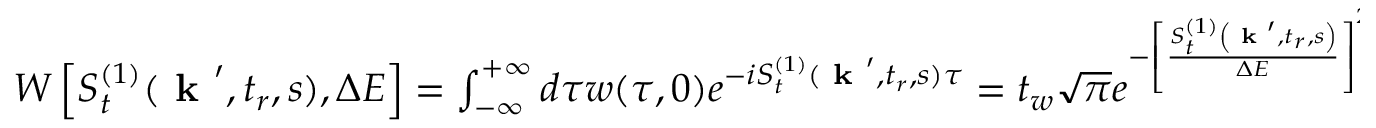
\begin{array} { r } { W \left[ S _ { t } ^ { ( 1 ) } ( \textbf { k } ^ { \prime } , t _ { r } , s ) , \Delta E \right] = \int _ { - \infty } ^ { + \infty } d \tau w ( \tau , 0 ) e ^ { - i S _ { t } ^ { ( 1 ) } ( \textbf { k } ^ { \prime } , t _ { r } , s ) \tau } = t _ { w } \sqrt { \pi } e ^ { - \left[ \frac { S _ { t } ^ { ( 1 ) } \left( \textbf { k } ^ { \prime } , t _ { r } , s \right) } { \Delta E } \right] ^ { 2 } } . } \end{array}